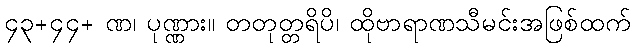
၄၃+၄၄+ ဏ၊ ပုဏ္ဏား။ တတုတ္တရိပိ၊ ထိုဗာရာဏသီမင်းအဖြစ်ထက်